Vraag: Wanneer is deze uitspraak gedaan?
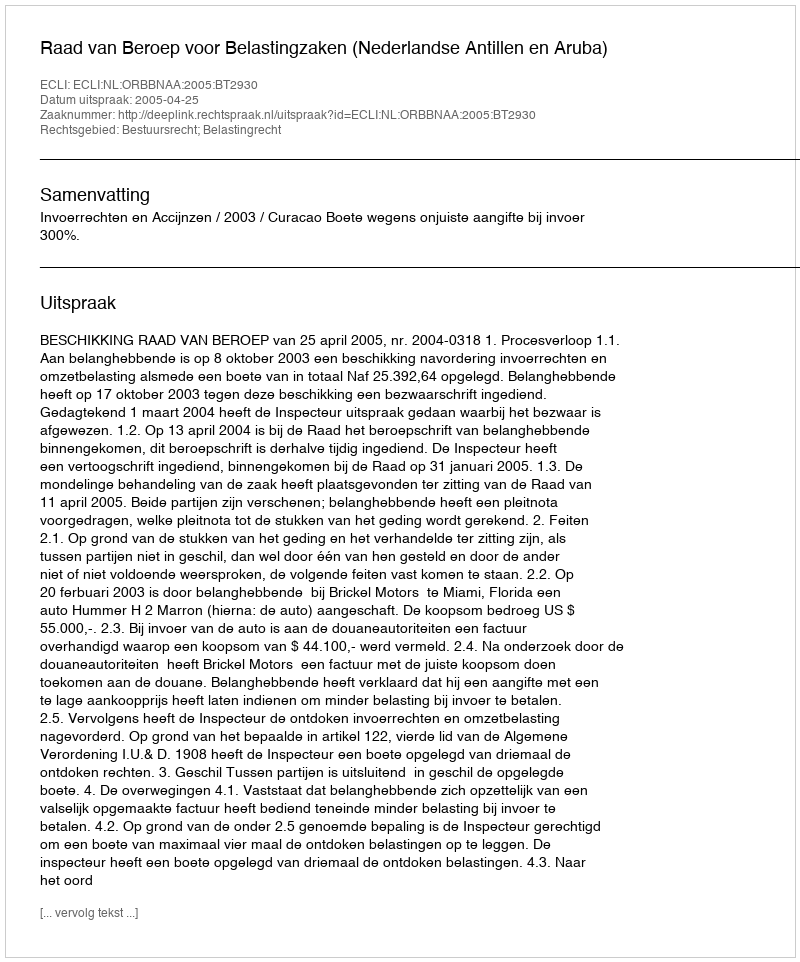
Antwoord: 2005-04-25